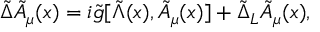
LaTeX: { \tilde { \Delta } } { \tilde { A } } _ { \mu } ( x ) = i { \tilde { g } } [ { \tilde { \Lambda } } ( x ) , { \tilde { A } } _ { \mu } ( x ) ] + { \tilde { \Delta } } _ { L } { \tilde { A } } _ { \mu } ( x ) ,